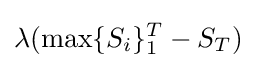
\lambda (\max\{S_{i}\}_{1}^{T}-S_{T})